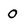
Character: 0